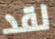
لقد